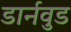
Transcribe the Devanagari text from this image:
डार्नवुड